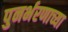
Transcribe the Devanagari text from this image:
पुनर्भरणाच्या